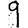
Digit: 9